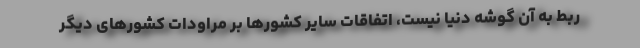
ربط به آن گوشه دنیا نیست، اتفاقات سایر کشورها بر مراودات کشورهای دیگر